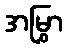
အမြွှာ